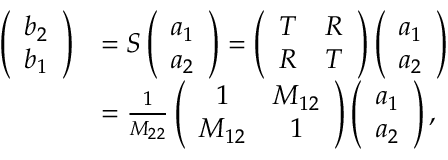
\begin{array} { r l } { \left( \begin{array} { l } { b _ { 2 } } \\ { b _ { 1 } } \end{array} \right) } & { = S \left( \begin{array} { l } { a _ { 1 } } \\ { a _ { 2 } } \end{array} \right) = \left( \begin{array} { l l } { T } & { R } \\ { R } & { T } \end{array} \right) \left( \begin{array} { l } { a _ { 1 } } \\ { a _ { 2 } } \end{array} \right) } \\ & { = \frac { 1 } { M _ { 2 2 } } \left( \begin{array} { c c } { 1 } & { M _ { 1 2 } } \\ { M _ { 1 2 } } & { 1 } \end{array} \right) \left( \begin{array} { l } { a _ { 1 } } \\ { a _ { 2 } } \end{array} \right) , } \end{array}